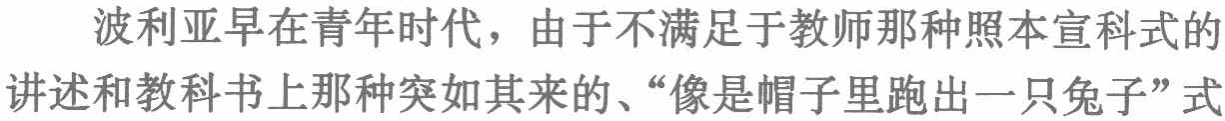
波利亚早在青年时代，由于不满足于教师那种照本宣科式的讲述和教科书上那种突如其来的、“像是帽子里跑出一只兔子”式